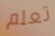
تعلم